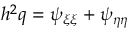
h ^ { 2 } q = \psi _ { \xi \xi } + \psi _ { \eta \eta }